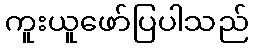
ကူးယူဖော်ပြပါသည်